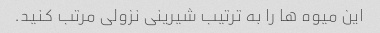
این میوه ها را به ترتیب شیرینی نزولی مرتب کنید.